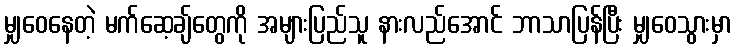
မျှဝေနေတဲ့ မက်ဆေ့ချ်တွေကို အများပြည်သူ နားလည်အောင် ဘာသာပြန်ပြီး မျှဝေသွားမှာ